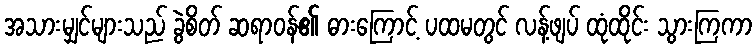
အသားမျှင်များသည် ခွဲစိတ် ဆရာဝန်၏ ဓားကြောင့် ပထမတွင် လန့်ဖျပ် ထုံထိုင်း သွားကြကာ